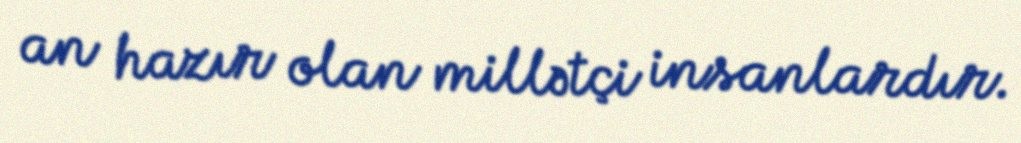
an hazır olan millətçi insanlardır.